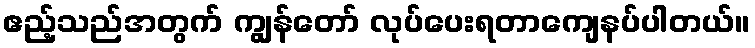
ဧည့်သည်အတွက် ကျွန်တော် လုပ်ပေးရတာကျေနပ်ပါတယ်။